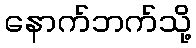
နောက်ဘက်သို့